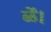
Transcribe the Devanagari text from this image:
ळें।